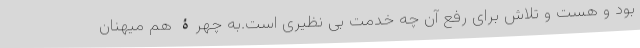
بود و هست و تلاش برای رفع آن چه خدمت بی نظیری است.به چهرۀ هم میهنان